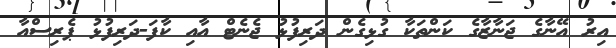
އިރު އޭނާގެ ޖަނާޒާގެ ކަންތަކާ ގުޅިގެން ދަރިފުޅު ޖެނެޓް އާއި ކާފަ-ދަރިފުޅު ޕެރިސްއާ